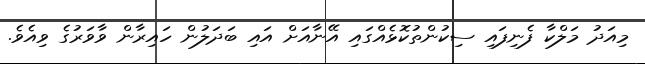
މިއަދު މަލްކާ ފެނިފައި ސިކުންތުކޮޅެއްގައި އޭނާއަށް އައި ބަދަލުން ހައިރާން ވާވަރުގެ ވިއެވެ.